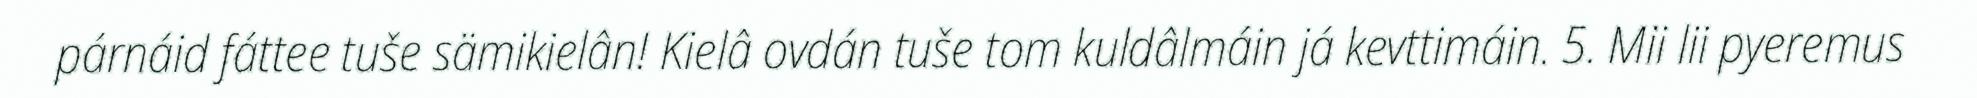
párnáid fáttee tuše sämikielân! Kielâ ovdán tuše tom kuldâlmáin já kevttimáin. 5. Mii lii pyeremus